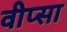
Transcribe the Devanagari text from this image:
वीप्सा